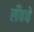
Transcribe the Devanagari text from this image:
लँबचे